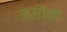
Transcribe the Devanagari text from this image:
जलौका